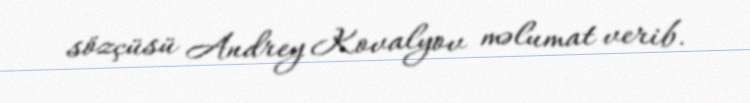
sözçüsü Andrey Kovalyov məlumat verib.